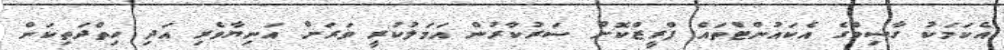
އެކަމަކު ގާސިމްގެ އެކައުންޓްތައް ފްރީޒްކޮށް ސަރުކާރުން އަމަލުކުރީ ވަރަށް އަނިޔާވެރި އަދި ހިތްދަތިކަން